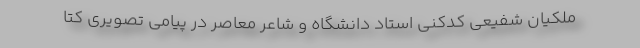
ملکیان شفیعی کدکنی استاد دانشگاه و شاعر معاصر در پیامی تصویری کتا